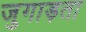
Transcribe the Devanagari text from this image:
जुगाड़ता